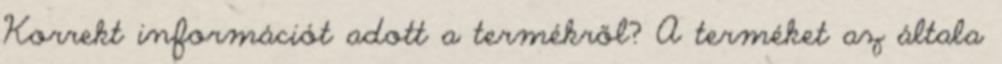
Korrekt információt adott a termékről? A terméket az általa